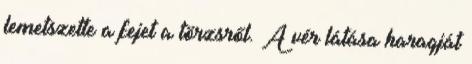
lemetszette a fejet a törzsről. A vér látása haragját